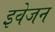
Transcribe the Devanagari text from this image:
इवेजन